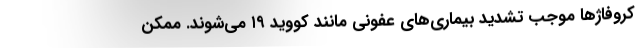
کروفاژها موجب تشدید بیماری‌های عفونی مانند کووید ۱۹ می‌شوند. ممکن